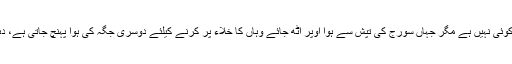
مخفی تربیت کے سلسلے کا نقصان اب بھی کوئی نہیں ہے مگر جہاں سورج کی تپش سے ہوا اوپر اٹھ جائے وہاں کا خلاء پُر کرنے کیلئے دوسری جگہ کی ہوا پہنچ جاتی ہے، دہر میں ہوائیں عموماً اسی اصول پر چلتی ہیں۔